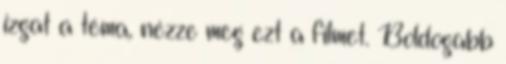
izgat a téma, nézze meg ezt a filmet. Boldogabb